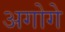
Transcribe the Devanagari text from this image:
अगोगे